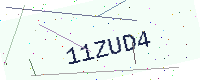
Text: 11ZUD4